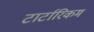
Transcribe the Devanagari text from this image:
टार्टारिकम